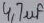
Text: 4,7µf